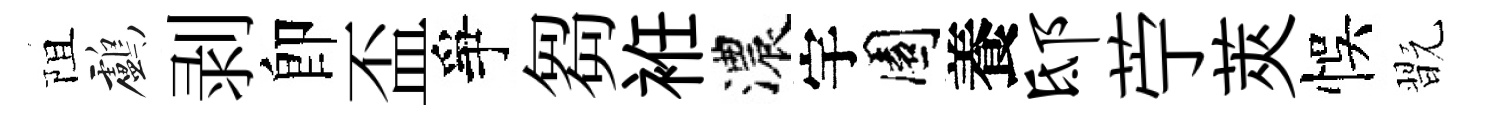
阻鸕剥卽盃爭芻袵濃宇園養邸苧莢悞翫